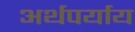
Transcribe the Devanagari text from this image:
अर्थपर्याय